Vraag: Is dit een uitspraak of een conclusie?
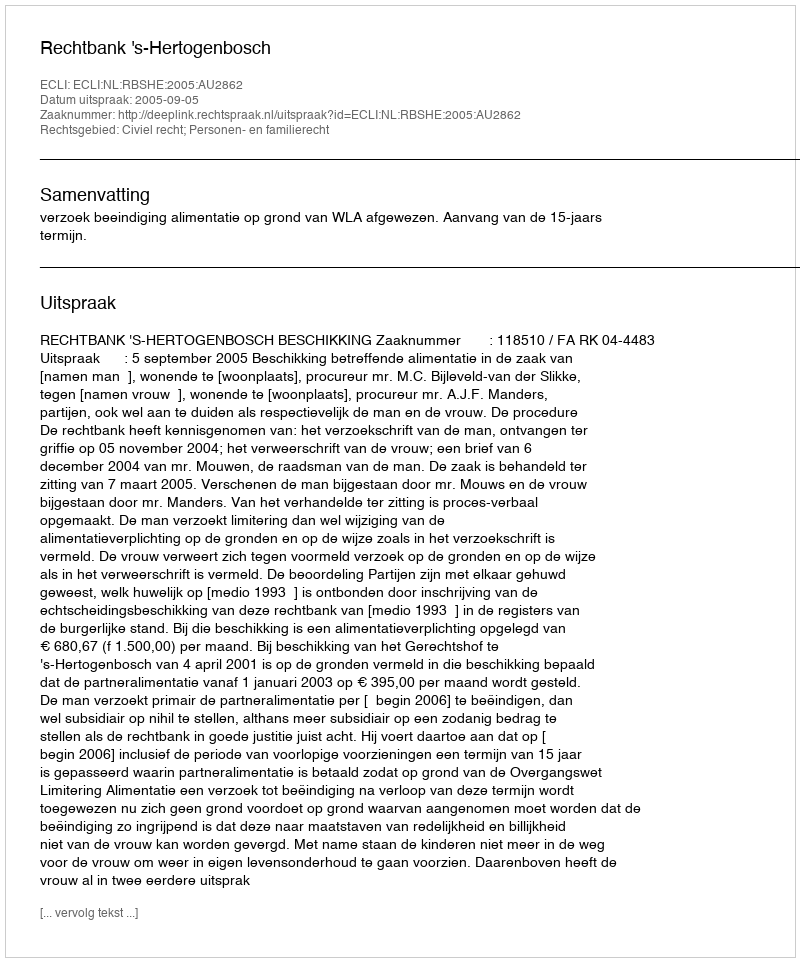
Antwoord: Uitspraak